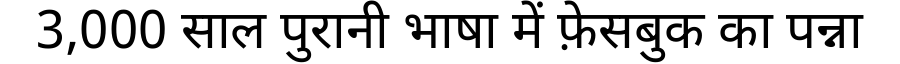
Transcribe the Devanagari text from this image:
3,000 साल पुरानी भाषा में फ़ेसबुक का पन्ना